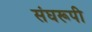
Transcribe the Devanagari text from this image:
संघरूपी